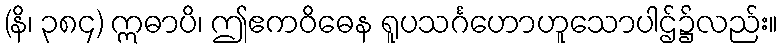
(နိ၊ ၃၈၄) ဣဓာပိ၊ ဤဧကဝိဓေန ရူပသင်္ဂဟောဟူသောပါဌ်၌လည်း။